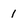
Character: 1